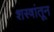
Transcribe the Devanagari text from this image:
शस्त्रांतून